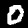
Label: 0